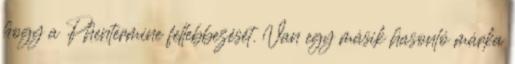
hogy a Phentermine fellebbezését. Van egy másik hasonló márka